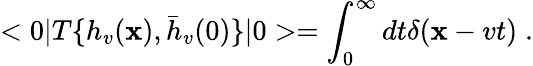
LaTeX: <0|T\{ h_{v}(\mathbf{x}),{\bar{{h}}}_{v}(0)\} |0>=\int_{0}^{\infty}dt\delta(\mathbf{x}-vt)\; .